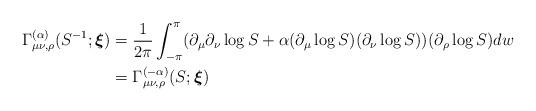
LaTeX: \begin{align*}\Gamma _{\mu\nu,\rho}^{(\alpha )}(S^{-1};\boldsymbol{\xi }) &=\frac{1}{2\pi }\int_{-\pi }^{\pi }(\partial _{\mu}\partial _{\nu}\log {S}+\alpha (\partial_{\mu}\log {S})(\partial _{\nu}\log {S}))(\partial _{\rho}\log {S})dw \\&=\Gamma _{\mu\nu,\rho}^{(-\alpha )}(S;\boldsymbol{\xi }) \end{align*}